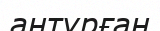
антұрған